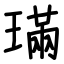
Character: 璊